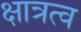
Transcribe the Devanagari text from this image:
क्षात्रत्व